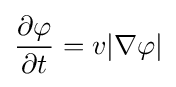
{\frac {\partial \varphi }{\partial t}}=v|\nabla \varphi |